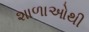
શાળાઓથી